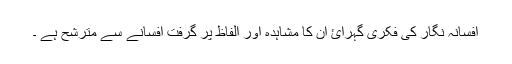
افسانہ نگار کی فکری گہرائ ان کا مشاہدہ اور الفاظ پر گرفت افسانے سے مترشح ہے ۔